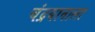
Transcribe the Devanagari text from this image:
चंद्रयानाला